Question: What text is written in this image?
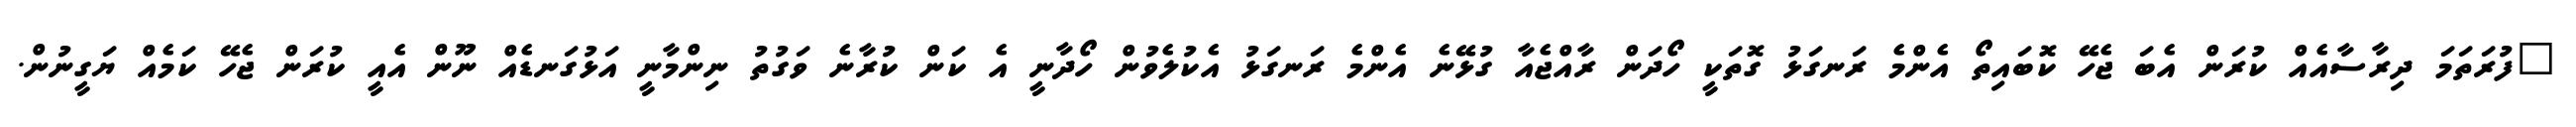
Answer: "ފުރަތަމަ ދިރާސާއެއް ކުރަން އެބަ ޖެހޭ ކޮބައިތޯ އެންމެ ރަނގަޅު ގޮތަކީ ހޯދަން ރާއްޖެއާ ގުޅޭނެ އެންމެ ރަނގަޅު އެކުލެވުން ހޯދާނީ އެ ކަން ކުރާނެ ވަގުތު ނިންމާނީ އަޅުގަނޑެއް ނޫން އެއީ ކުރަން ޖެހޭ ކަމެއް ޔަގީނުން.